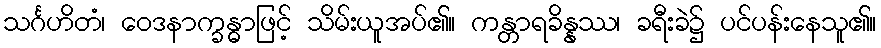
သင်္ဂဟိတံ၊ ဝေဒနာက္ခန္ဓာဖြင့် သိမ်းယူအပ်၏။ ကန္တာရခိန္နဿ၊ ခရီးခဲ၌ ပင်ပန်းနေသူ၏။